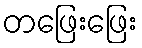
တဖြေးဖြေး